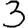
Digit: 3